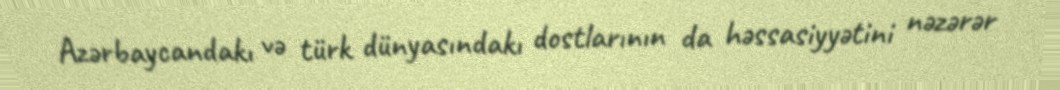
Azərbaycandakı və türk dünyasındakı dostlarının da həssasiyyətini nəzərər